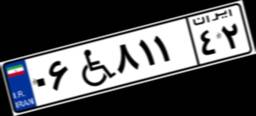
۰۶W۸۱۱۴۲